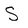
Character: S